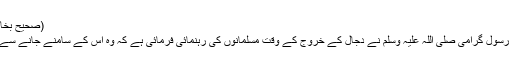
(صحیح بخاری؍7121)
یہی وجہ ہے رسول گرامی صلی اللہ علیہ وسلم نے دجال کے خروج کے وقت مسلمانوں کی رہنمائی فرمائی ہے کہ وہ اس کے سامنے جانے سے گریز کریں۔